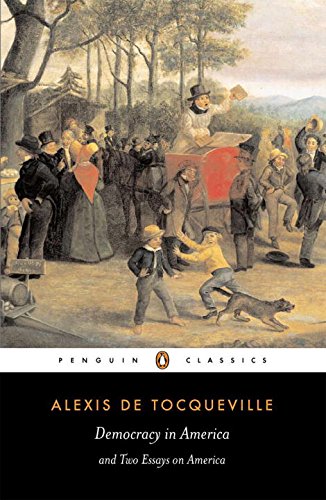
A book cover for Democracy in America (Penguin Classics); Alexis de Tocqueville; Politics & Social Sciences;